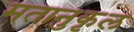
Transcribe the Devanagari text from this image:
मतानुकृल